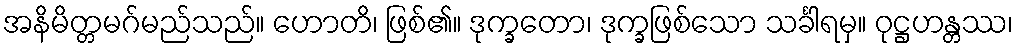
အနိမိတ္တမဂ်မည်သည်။ ဟောတိ၊ ဖြစ်၏။ ဒုက္ခတော၊ ဒုက္ခဖြစ်သော သင်္ခါရမှ။ ဝုဋ္ဌဟန္တဿ၊